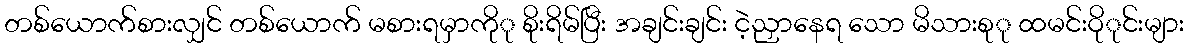
တစ်ယောက်စားလျှင် တစ်ယောက် မစားရမှာကိုု စိုးရိမ်ပြီး အချင်းချင်း ငဲ့ညှာနေရ သော မိသားစုု ထမင်းဝိုုင်းများ